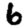
Digit: 6